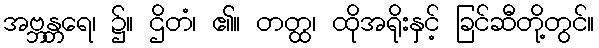
အဗ္ဘန္တရေ၊ ၌။ ဌိတံ၊ ၏။ တတ္ထ၊ ထိုအရိုးနှင့် ခြင်ဆီတို့တွင်။